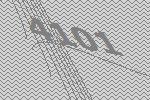
4101